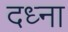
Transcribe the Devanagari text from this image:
दध्ना